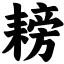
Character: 耪